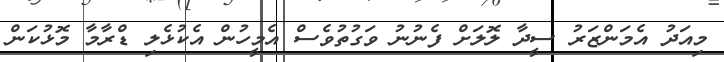
މިއަދު އެމަންޒަރު ސީދާ ލޮލަށް ފެނުނު ވަގުތުވެސް އެމީހުން އެކުޅެލި ޑްރާމާ މޮޅުކަން